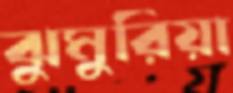
ঝুমুরিয়া